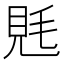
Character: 𧠑